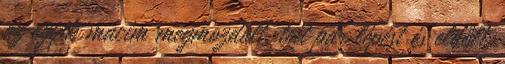
az egyik macim megmozdult, tett pár lépést és eldőlt.